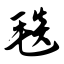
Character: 毯